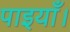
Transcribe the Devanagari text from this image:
पाइयाँ।